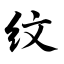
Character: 纹